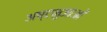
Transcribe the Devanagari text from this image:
अष्टभुजाओं